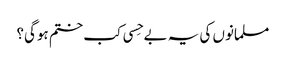
مسلمانوں کی یہ بے حِسی کب ختم ہوگی؟